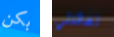
بكن لعائلتي